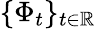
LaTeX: \{ \Phi_{t}\} _{t\in\mathbb{R}}